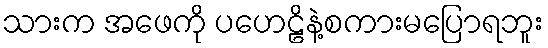
သားက အဖေကို ပဟေဠိနဲ့စကားမပြောရဘူး